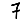
Digit: 7